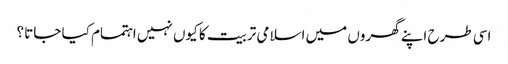
اسی طرح اپنے گھروں میں اسلامی تربیت کا کیوں نہیں اہتمام کیا جاتا ؟